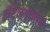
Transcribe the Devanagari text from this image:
हॉटेलशृंखलेची